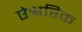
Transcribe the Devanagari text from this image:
ऐश्वरिक